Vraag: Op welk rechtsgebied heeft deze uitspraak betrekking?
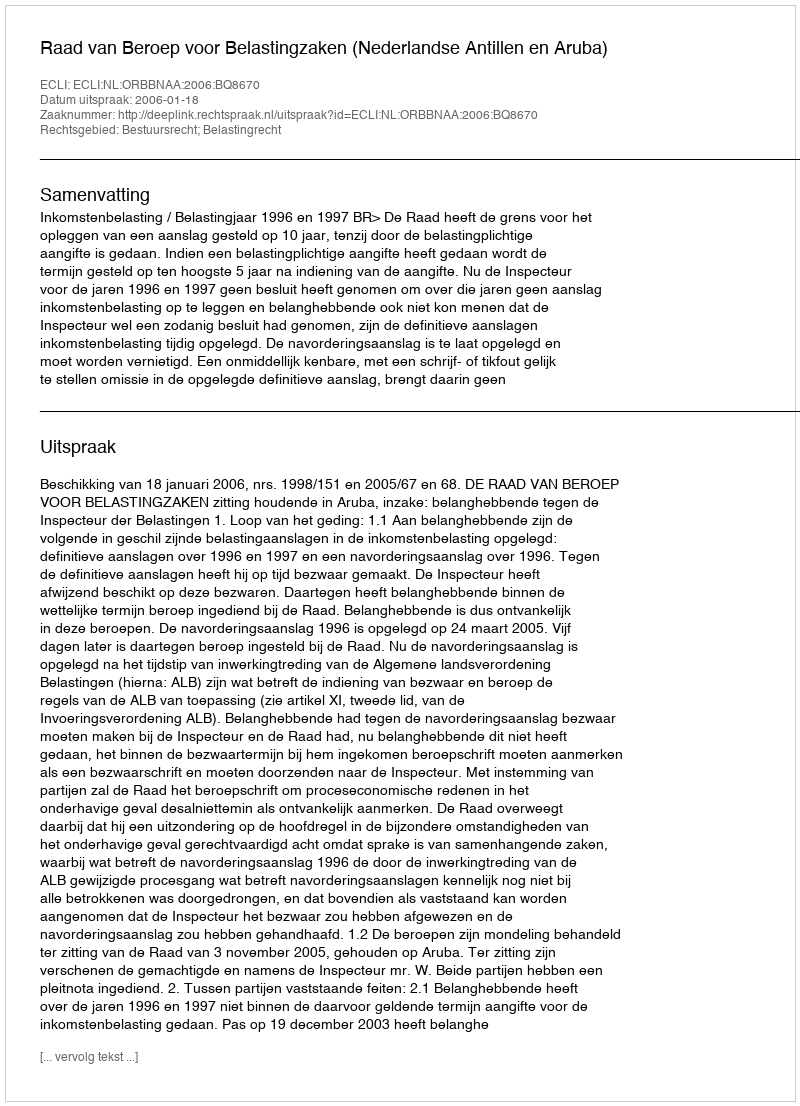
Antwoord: Bestuursrecht; Belastingrecht